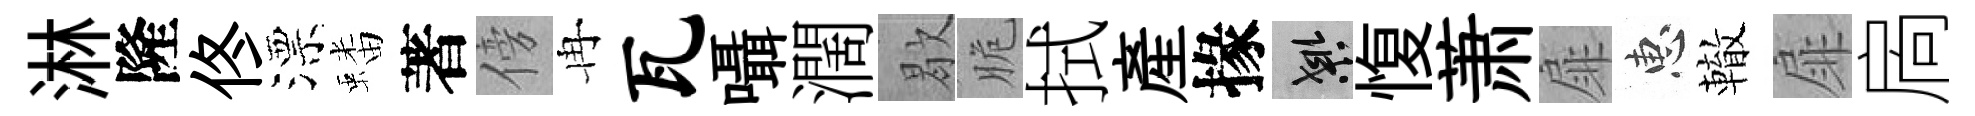
淋隆佟漂蟠著傍冉瓦囁濶歇脆拭産掾良愎萧扉惠轍扉扄